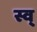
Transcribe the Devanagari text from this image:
स्व्